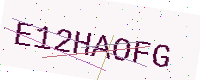
Text: E12HAOFG